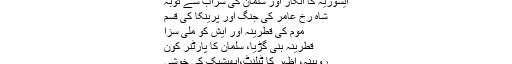
سلمان کے شاگرد عامر اور سالی نہیں گالی
ایشوریہ کا انکار اور سلمان کی شراب سے توبہ
شاہ رخ عامر کی جنگ اور پرینکا کی قسم
موم کی قطرینہ اور ایش کو ملی سزا
قطرینہ بنی گڑیا، سلمان کا پارٹنر کون
روبینہ، اظہر کا ٹیلنٹ،ابھیشیک کی خوشی
بینائی سے محروم بالی وڈ اداکار